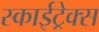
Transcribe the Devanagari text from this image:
स्काईट्रेक्स